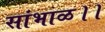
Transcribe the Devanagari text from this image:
सांभाळ।।